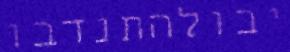
יבולהתנדבו